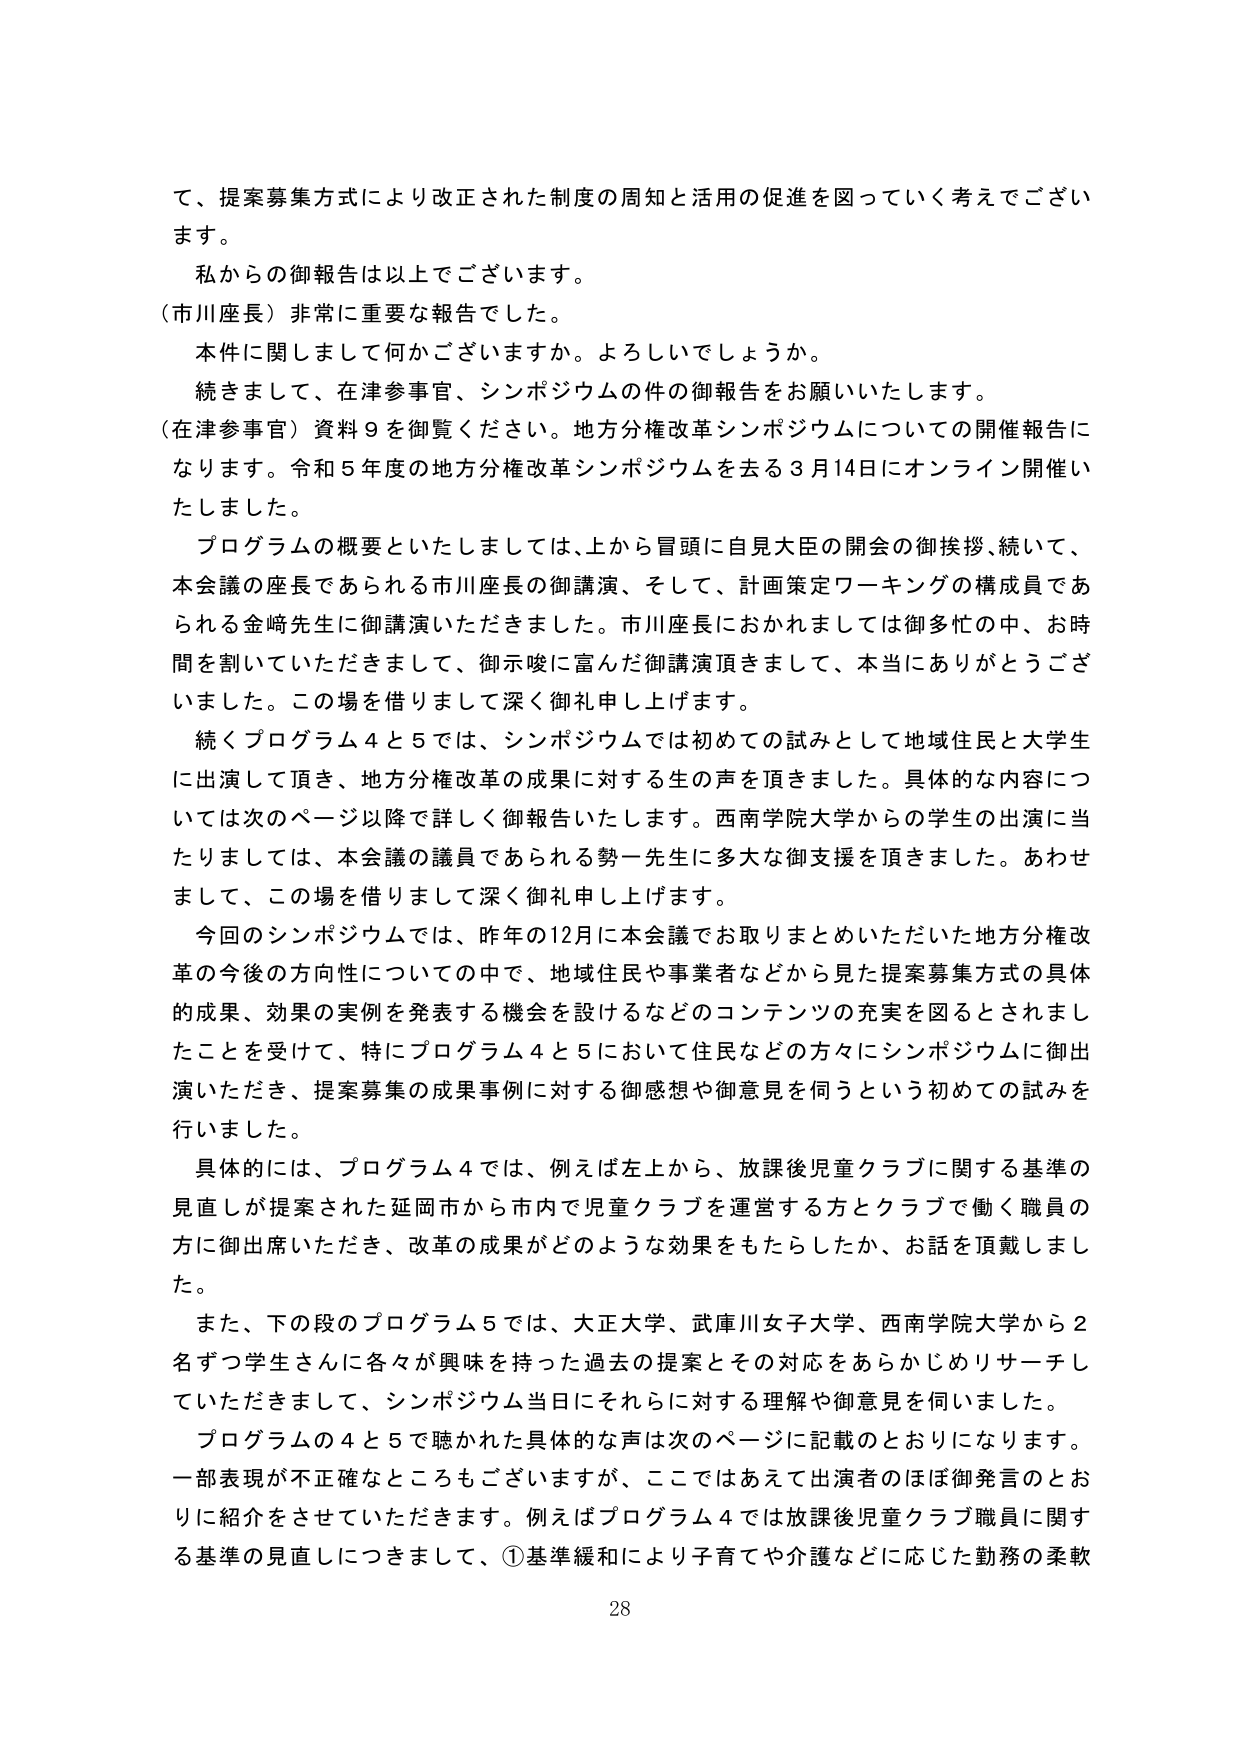
て、提案募集方式により改正された制度の周知と活用の促進を図っていく考えでございます。

私からの御報告は以上でございます。

（市川座長）非常に重要な報告でした。

本件に関しまして何かございますか。よろしいでしょうか。

続きまして、在津参事官、シンポジウムの件の御報告をお願いいたします。

（在津参事官）資料９を御覧ください。地方分権改革シンポジウムについての開催報告になります。令和５年度の地方分権改革シンポジウムを去る３月14日にオンライン開催いたしました。

プログラムの概要といたしましては、上から冒頭に自見大臣の開会の御挨拶、続いて、本会議の座長であられる市川座長の御講演、そして、計画策定ワーキングの構成員であられる金崎先生に御講演いただきました。市川座長におかれましては御多忙の中、お時間を割いていただきまして、御示唆に富んだ御講演頂きまして、本当にありがとうございました。この場を借りまして深く御礼申し上げます。

続くプログラム４と５では、シンポジウムでは初めての試みとして地域住民と大学生に出演して頂き、地方分権改革の成果に対する生の声を頂きました。具体的な内容については次のページ以降で詳しく御報告いたします。西南学院大学からの学生の出演に当たりましては、本会議の議員であられる勢一先生に多大な御支援を頂きました。あわせまして、この場を借りまして深く御礼申し上げます。

今回のシンポジウムでは、昨年の12月に本会議でお取りまとめいただいた地方分権改革の今後の方向性についての中で、地域住民や事業者などから見た提案募集方式の具体的成果、効果の実例を発表する機会を設けるなどのコンテンツの充実を図るとされましたことを受けて、特にプログラム４と５において住民などの方々にシンポジウムに御出演いただき、提案募集の成果事例に対する御感想や御意見を伺うという初めての試みを行いました。

具体的には、プログラム４では、例えば左上から、放課後児童クラブに関する基準の見直しが提案された延岡市から市内で児童クラブを運営する方とクラブで働く職員の方に御出席いただき、改革の成果がどのような効果をもたらしたか、お話を頂戴しました。

また、下の段のプログラム５では、大正大学、武庫川女子大学、西南学院大学から２名ずつ学生さんに各々が興味を持った過去の提案とその対応をあらかじめリサーチしていただきまして、シンポジウム当日にそれらに対する理解や御意見を伺いました。

プログラムの４と５で聴かれた具体的な声は次のページに記載のとおりになります。一部表現が不正確なところもございますが、ここではあえて出演者のほぼ御発言のとおりに紹介をさせていただきます。例えばプログラム４では放課後児童クラブ職員に関する基準の見直しにつきまして、①基準緩和により子育てや介護などに応じた勤務の柔軟

28